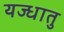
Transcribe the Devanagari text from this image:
यज्धातु